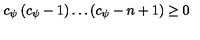
c _ { \psi } \left( c _ { \psi } - 1 \right) \dots \left( c _ { \psi } - n + 1 \right) \geq 0